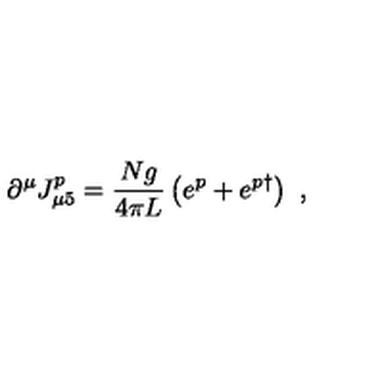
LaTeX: \partial ^ { \mu } J _ { \mu 5 } ^ { p } = \frac { N g } { 4 \pi L } \left( e ^ { p } + e ^ { p \dagger } \right) \ ,